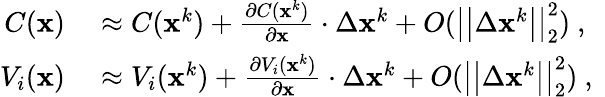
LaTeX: \begin{array}{rl}{C(\mathbf{x})}&{{}\approx C(\mathbf{x}^{k})+\frac{\partial C(\mathbf{x}^{k})}{\partial\mathbf{x}}\cdot\Delta\mathbf{x}^{k}+O(\big|\big|\Delta\mathbf{x}^{k}\big|\big|_{2}^{2})\mathrm{~,~}}\\ {V_{i}(\mathbf{x})}&{{}\approx V_{i}(\mathbf{x}^{k})+\frac{\partial V_{i}(\mathbf{x}^{k})}{\partial\mathbf{x}}\cdot\Delta\mathbf{x}^{k}+O(\big|\big|\Delta\mathbf{x}^{k}\big|\big|_{2}^{2})\mathrm{~,~}}\end{array}